Scottish Leaving Certificate Examination, 1958
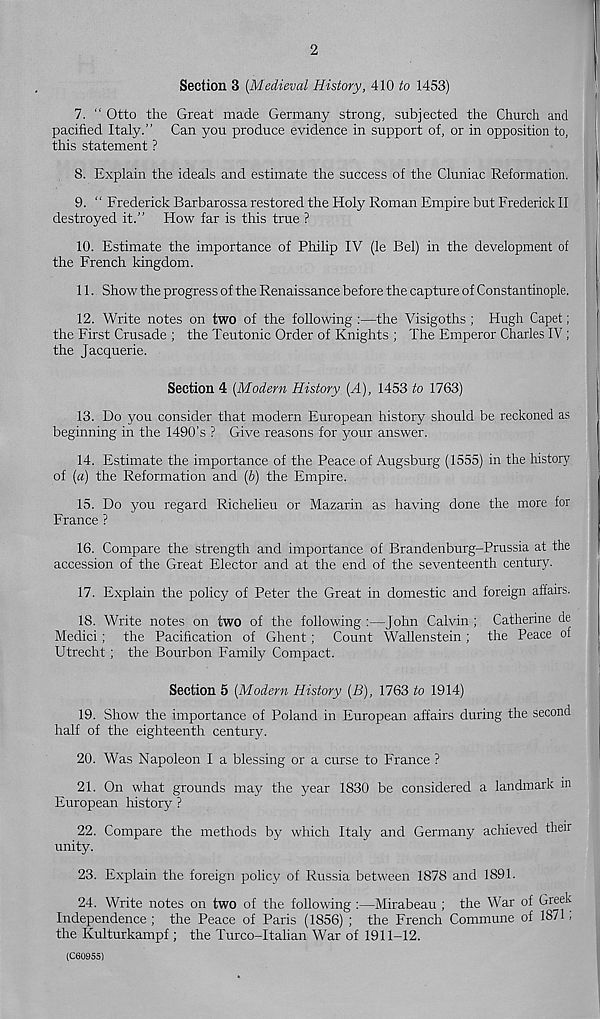
2
Section 3 (Medieval History, 410 to 1453)
7. “ Otto the Great made Germany strong, subjected the Church and
pacified Italy.” Can you produce evidence in support of, or in opposition to,
this statement ?
8. Explain the ideals and estimate the success of the Cluniac Reformation.
9. “ Frederick Barbarossa restored the Holy Roman Empire but Frederick II
destroyed it.” How far is tins true ?
10. Estimate the importance of Philip IV (le Bel) in the development of
the French kingdom.
11. Show the progress of the Renaissance before the capture of Constantinople.
12. Write notes on two of the following :—the Visigoths ; Hugh Capet;
the First Crusade ; the Teutonic Order of Knights ; The Emperor Charles IV ;
the Jacquerie.
Section 4 (Modern History (A), 1453 to 1763)
13. Bo you consider that modern European history should be reckoned as
beginning in the 1490’s ? Give reasons for your answer.
14. Estimate the importance of the Peace of Augsburg (1555) in the history
of (a) the Reformation and (b) the Empire.
15. Do you regard Richelieu or Mazarin as having done the more for
France ?
16. Compare the strength and importance of Brandenburg-Prussia at the
accession of the Great Elector and at the end of the seventeenth century.
17. Explain the policy of Peter the Great in domestic and foreign affairs.
18. Write notes on two of the following :—John Calvin ; Catherine de
Medici; the Pacification of Ghent ; Count Wallenstein ; the Peace of
Utrecht ; the Bourbon Family Compact.
Section 5 (Modern History (B), 1763 to 1914)
19. Show the importance of Poland in European affairs during the second
half of the eighteenth century.
20. Was Napoleon I a blessing or a curse to France ?
21. On what grounds may the year 1830 be considered a landmark in
European history ?
22. Compare the methods by which Italy and Germany achieved their
unity.
23. Explain the foreign policy of Russia between 1878 and 1891.
24. Write notes on two of the following :—Mirabeau ; the War of
Independence ; the Peace of Paris (1856) ; the French Commune of 1871,
the Kulturkampf ; the Turco-Italian War of 1911-12.
(C60955)